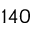
1 4 0